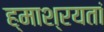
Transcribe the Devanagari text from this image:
ह्माश्रयतां